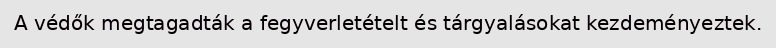
A védők megtagadták a fegyverletételt és tárgyalásokat kezdeményeztek.